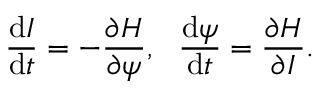
\frac { \mathrm { d } I } { \mathrm { d } t } = - \frac { \partial H } { \partial \psi } , \ \ \frac { \mathrm { d } \psi } { \mathrm { d } t } = \frac { \partial H } { \partial I } .